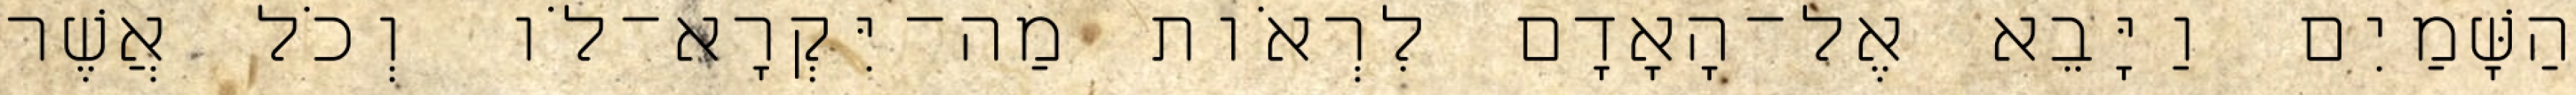
הַשָּׁמַיִם וַיָּבֵא אֶל־הָאָדָם לִרְאֹות מַה־יִּקְרָא־לֹו וְכֹל אֲשֶׁר